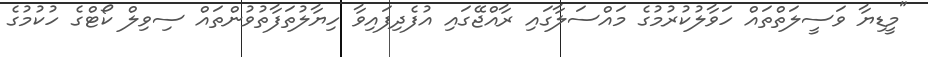
"މީޑިޔާ ވަސީލަތްތައް ހަވާލުކުރުމުގެ މައްސަލާގައި ރާއްޖޭގައި އުފެދިފައިވާ ހިޔާލުތަފާތުވުންތައް ސިވިލް ކޯޓްގެ ހުކުމުގެ